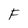
Character: F